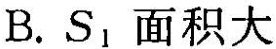
B.S_{1}面积大